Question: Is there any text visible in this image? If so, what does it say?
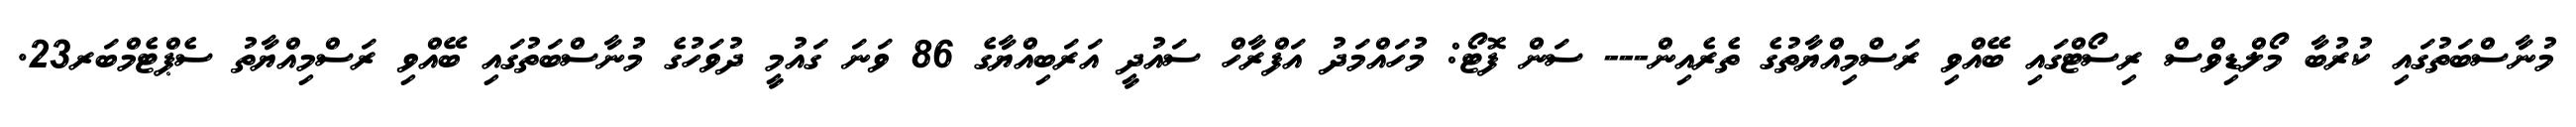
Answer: މުނާސްބަތުގައި ކުރުބާ މޯލްޑިވްސް ރިސޯޓްގައި ބޭއްވި ރަސްމިއްޔާތުގެ ތެރެއިން--- ސަން ފޮޓޯ: މުހައްމަދު އަފްރާހް ސައުދީ އަރަބިއްޔާގެ 86 ވަނަ ގައުމީ ދުވަހުގެ މުނާސްބަތުގައި ބޭއްވި ރަސްމިއްޔާތު ސެޕްޓެމްބަރ23.